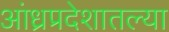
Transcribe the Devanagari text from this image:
आंध्रप्रदेशातल्या